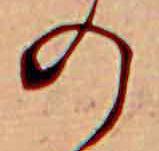
の